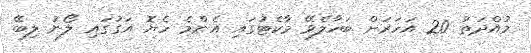
މުއްދަތު 20 އަހަރަށް ބަހާލެވޭ މާކެޓުގައި އެންމެ ހެޔޮ އަގުގައި ލޯނު ލިބޭ